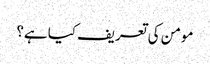
مومن کی تعریف کیا ہے؟